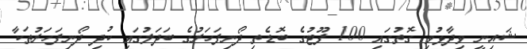
ޝައިނީީ ވިދާޅުވި ގޮތުގައި 100 ފޫޓުގެ ބޮޑެތި ދޯނިފަހަރުގެ ބަދަލުގައި ކުދި ދޯނިފަހަރުތަކާ